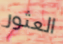
العثور